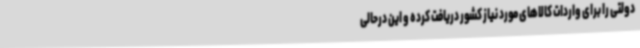
دولتی را برای واردات کالاهای مورد نیاز کشور دریافت کرده و این درحالی